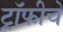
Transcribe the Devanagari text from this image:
ट्रॉफीचे